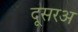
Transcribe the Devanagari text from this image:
दूसरअ